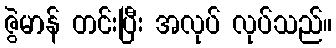
ဇွဲမာန် တင်းပြီး အလုပ် လုပ်သည်။